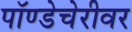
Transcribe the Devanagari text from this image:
पॉण्डेचेरीवर